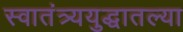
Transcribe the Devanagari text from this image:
स्वातंत्र्ययुद्धातल्या